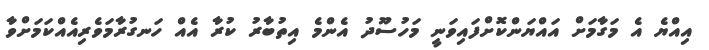
އިއްޔެ އެ މަގާމަށް އައްޔަންކޮށްފައިވަނީ މަހުސޫދު އެންމެ އިތުބާރު ކުރާ އެއް ހަނގުރާމަވެރިއެއްކަމަށްވާ